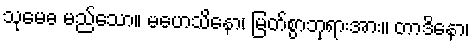
သုမေဓ မည်သော။ မဟေသိနော၊ မြတ်စွာဘုရားအား။ တာဒိနော၊